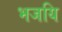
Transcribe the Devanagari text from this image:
भजयि